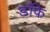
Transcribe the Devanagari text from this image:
डाँफे